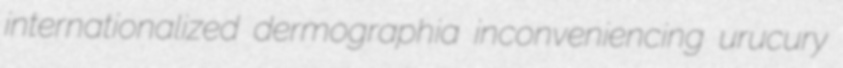
internationalized dermographia inconveniencing urucury